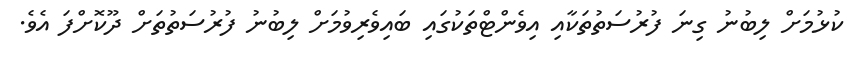
ކުޅުމަށް ލިބުނު ގިނަ ފުރުސަތުތަކާއި އިވެންޓްތަކުގައި ބައިވެރިވުމަށް ލިބުނު ފުރުސަތުތަށް ދޫކޮށްފަ އެވެ.